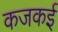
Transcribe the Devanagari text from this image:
कजकई